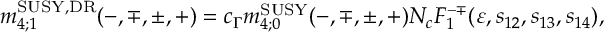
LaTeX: m _ { 4 ; 1 } ^ { \mathrm { S U S Y , D R } } ( - , \mp , \pm , + ) = c _ { \Gamma } m _ { 4 ; 0 } ^ { \mathrm { S U S Y } } ( - , \mp , \pm , + ) N _ { c } F _ { 1 } ^ { - \mp } ( \varepsilon , s _ { 1 2 } , s _ { 1 3 } , s _ { 1 4 } ) ,